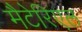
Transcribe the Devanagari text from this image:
मैटेरिएल